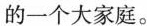
的一个大家庭。